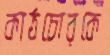
কাঠচোরকে